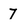
Character: 7